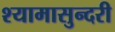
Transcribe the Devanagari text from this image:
श्यामासुन्दरी